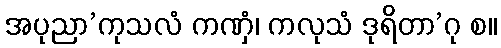
အပုညာ’ကုသလံ ကဏှံ၊ ကလုသံ ဒုရိတာ’ဂု စ။